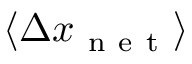
\left\langle \Delta x _ { \mathrm { ~ n ~ e ~ t ~ } } \right\rangle